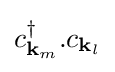
c_{\mathbf {k} _{m}}^{\dagger }.c_{\mathbf {k} _{l}}